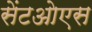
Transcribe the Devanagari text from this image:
सेंटओएस